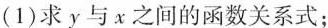
(1)求y与x之间的函数关系式；